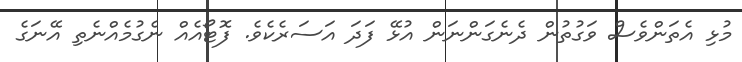
މުޅި އެތަންވެސް ވަގުތުން ދެނެގަންނަން އުޅޭ ފަދަ އަސަރެކެވެ. ފޮޓޯއެއް ނެގުމެއްނެތި އޭނަގެ